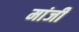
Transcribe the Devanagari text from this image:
मांजी